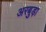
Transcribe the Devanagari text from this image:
अरबुड़ा